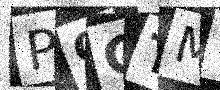
Text: POCTMY